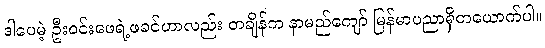
ဒါပေမဲ့ ဦးဝင်းဖေရဲ့ဖခင်ဟာလည်း တချိန်က နာမည်ကျော် မြန်မာပညာရှိတယောက်ပါ။